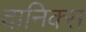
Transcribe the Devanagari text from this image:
दानिक्स